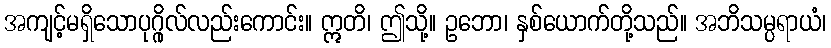
အကျင့်မရှိသောပုဂ္ဂိုလ်လည်းကောင်း။ ဣတိ၊ ဤသို့။ ဥဘော၊ နှစ်ယောက်တို့သည်။ အဘိသမ္ပရာယံ၊